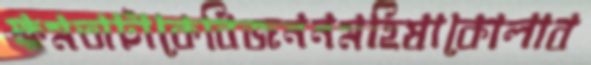
ক্ষমতাটাকেবিজননমহিষাকোলাব